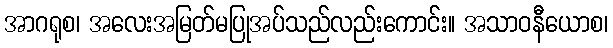
အာဂရုစ၊ အလေးအမြတ်မပြုအပ်သည်လည်းကောင်း။ အသာဝနီယောစ၊